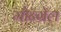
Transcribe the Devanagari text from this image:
मौन्ग्रेल